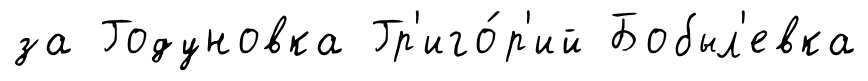
за Годуновка Гр'иго́р'ий Бобыл'евка